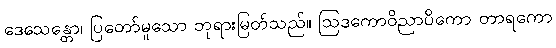
ဒေသေန္တော၊ ပြတော်မူသော ဘုရားမြတ်သည်။ ဩဒကောဝိညာပိကော တာရကော